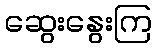
ဆွေးနွေးကြ